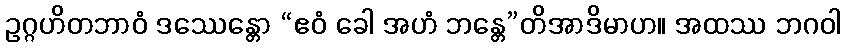
ဥဂ္ဂဟိတဘာဝံ ဒဿေန္တော “ဧဝံ ခေါ အဟံ ဘန္တေ”တိအာဒိမာဟ။ အထဿ ဘဂဝါ